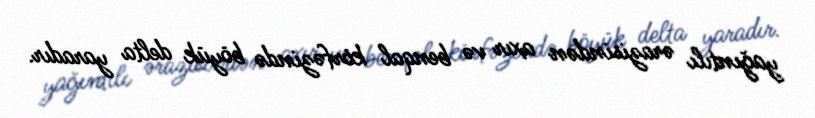
yağıntılı ərazisindən axır və benqal körfəzində böyük delta yaradır.